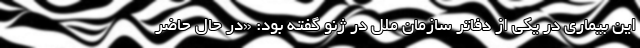
این بیماری در یکی از دفاتر سازمان ملل در ژنو گفته بود: «در حال حاضر